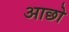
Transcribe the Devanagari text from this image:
आछो